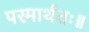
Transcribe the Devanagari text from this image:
परमार्थतः॥